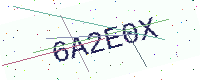
Text: 6A2E0X